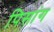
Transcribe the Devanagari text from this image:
पिसांग